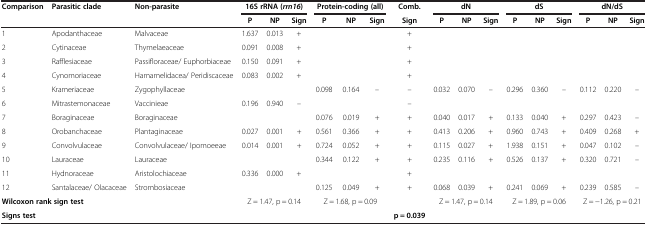
<table><thead><tr><td rowspan="2"><b>Comparison</b></td><td rowspan="2"><b>Parasitic clade</b></td><td rowspan="2"><b>Non-parasite</b></td><td colspan="3"><b>16S rRNA ( <i>rrn16 </i>)</b></td><td colspan="3"><b>Protein-coding (all)</b></td><td><b>Comb.</b></td><td colspan="3"><b>dN</b></td><td colspan="3"><b>dS</b></td><td colspan="3"><b>dN/dS</b></td></tr><tr><td><b>P</b></td><td><b>NP</b></td><td><b>Sign</b></td><td><b>P</b></td><td><b>NP</b></td><td><b>Sign</b></td><td><b>Sign</b></td><td><b>P</b></td><td><b>NP</b></td><td><b>Sign</b></td><td><b>P</b></td><td><b>NP</b></td><td><b>Sign</b></td><td><b>P</b></td><td><b>NP</b></td><td><b>Sign</b></td></tr></thead><tbody><tr><td>1</td><td>Apodanthaceae</td><td>Malvaceae</td><td>1.637</td><td>0.013</td><td>+</td><td> </td><td> </td><td> </td><td>+</td><td> </td><td> </td><td> </td><td> </td><td> </td><td> </td><td> </td><td> </td><td> </td></tr><tr><td>2</td><td>Cytinaceae</td><td>Thymelaeaceae</td><td>0.091</td><td>0.008</td><td>+</td><td> </td><td> </td><td> </td><td>+</td><td> </td><td> </td><td> </td><td> </td><td> </td><td> </td><td> </td><td> </td><td> </td></tr><tr><td>3</td><td>Rafflesiaceae</td><td>Passifloraceae/ Euphorbiaceae</td><td>0.150</td><td>0.091</td><td>+</td><td> </td><td> </td><td> </td><td>+</td><td> </td><td> </td><td> </td><td> </td><td> </td><td> </td><td> </td><td> </td><td> </td></tr><tr><td>4</td><td>Cynomoriaceae</td><td>Hamamelidacea/ Peridiscaceae</td><td>0.083</td><td>0.002</td><td>+</td><td> </td><td> </td><td> </td><td>+</td><td> </td><td> </td><td> </td><td> </td><td> </td><td> </td><td> </td><td> </td><td> </td></tr><tr><td>5</td><td>Krameriaceae</td><td>Zygophyllaceae</td><td> </td><td> </td><td> </td><td>0.098</td><td>0.164</td><td>–</td><td>–</td><td>0.032</td><td>0.070</td><td>–</td><td>0.296</td><td>0.360</td><td>–</td><td>0.112</td><td>0.220</td><td>–</td></tr><tr><td>6</td><td>Mitrastemonaceae</td><td>Vaccinieae</td><td>0.196</td><td>0.940</td><td>–</td><td> </td><td> </td><td> </td><td>–</td><td> </td><td> </td><td> </td><td> </td><td> </td><td> </td><td> </td><td> </td><td> </td></tr><tr><td>7</td><td>Boraginaceae</td><td>Boraginaceae</td><td> </td><td> </td><td> </td><td>0.076</td><td>0.019</td><td>+</td><td>+</td><td>0.040</td><td>0.017</td><td>+</td><td>0.133</td><td>0.040</td><td>+</td><td>0.297</td><td>0.423</td><td>–</td></tr><tr><td>8</td><td>Orobanchaceae</td><td>Plantaginaceae</td><td>0.027</td><td>0.001</td><td>+</td><td>0.561</td><td>0.366</td><td>+</td><td>+</td><td>0.413</td><td>0.206</td><td>+</td><td>0.960</td><td>0.743</td><td>+</td><td>0.409</td><td>0.268</td><td>+</td></tr><tr><td>9</td><td>Convolvulaceae</td><td>Convolvulaceae/ Ipomoeeae</td><td>0.014</td><td>0.001</td><td>+</td><td>0.724</td><td>0.052</td><td>+</td><td>+</td><td>0.115</td><td>0.027</td><td>+</td><td>1.938</td><td>0.151</td><td>+</td><td>0.047</td><td>0.102</td><td>–</td></tr><tr><td>10</td><td>Lauraceae</td><td>Lauraceae</td><td> </td><td> </td><td> </td><td>0.344</td><td>0.122</td><td>+</td><td>+</td><td>0.235</td><td>0.116</td><td>+</td><td>0.526</td><td>0.137</td><td>+</td><td>0.320</td><td>0.721</td><td>–</td></tr><tr><td>11</td><td>Hydnoraceae</td><td>Aristolochiaceae</td><td>0.336</td><td>0.000</td><td>+</td><td> </td><td> </td><td> </td><td>+</td><td> </td><td> </td><td> </td><td> </td><td> </td><td> </td><td> </td><td> </td><td> </td></tr><tr><td>12</td><td>Santalaceae/ Olacaceae</td><td>Strombosiaceae</td><td> </td><td> </td><td> </td><td>0.125</td><td>0.049</td><td>+</td><td>+</td><td>0.068</td><td>0.039</td><td>+</td><td>0.241</td><td>0.069</td><td>+</td><td>0.239</td><td>0.585</td><td>–</td></tr><tr><td colspan="3"><b>Wilcoxon rank sign test</b></td><td colspan="3">Z = 1.47, p = 0.14</td><td colspan="3">Z = 1.68, p = 0.09</td><td> </td><td colspan="3">Z = 1.47, p = 0.14</td><td colspan="3">Z = 1.89, p = 0.06</td><td colspan="3">Z = −1.26, p = 0.21</td></tr><tr><td colspan="3"><b>Signs test</b></td><td colspan="3"> </td><td colspan="3"> </td><td><b>p = 0.039</b></td><td colspan="3"> </td><td colspan="3"> </td><td colspan="3"> </td></tr></tbody></table>